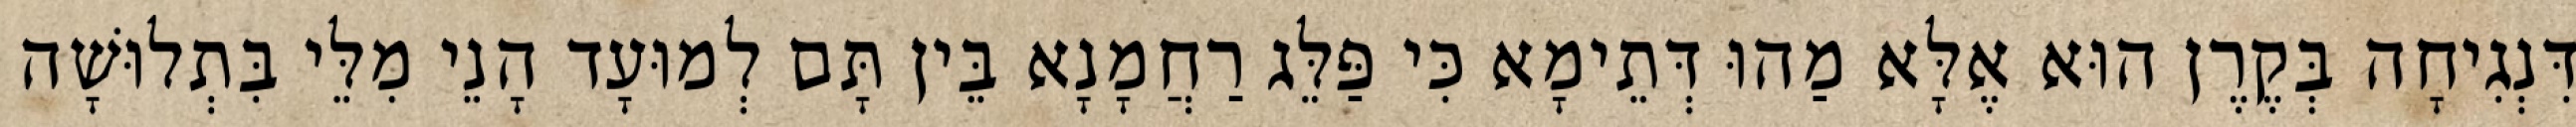
דִּנְגִיחָה בְּקֶרֶן הוּא אֶלָּא מַהוּ דְּתֵימָא כִּי פַּלֵּג רַחֲמָנָא בֵּין תָּם לְמוּעָד הָנֵי מִלֵּי בִּתְלוּשָׁה